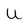
Character: U